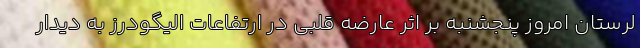
لرستان امروز پنجشنبه بر اثر عارضه قلبی در ارتفاعات الیگودرز به دیدار